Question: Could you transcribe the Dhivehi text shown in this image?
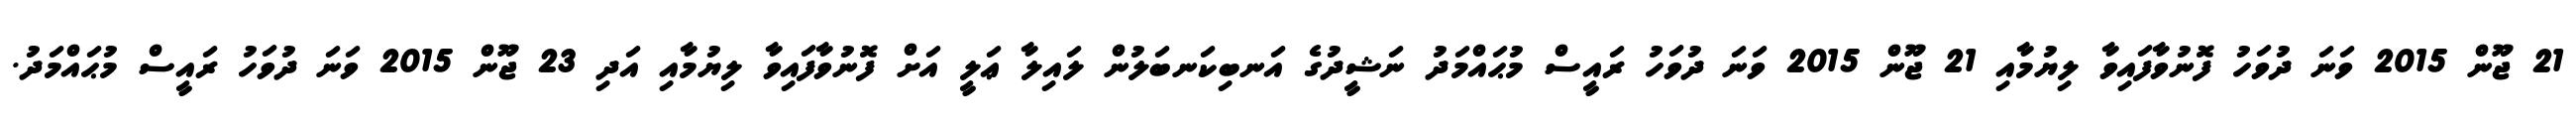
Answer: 21 ޖޫން 2015 ވަނަ ދުވަހު ފޮނުވާފައިވާ ލިޔުމާއި 21 ޖޫން 2015 ވަނަ ދުވަހު ރައީސް މުޙައްމަދު ނަޝީދުގެ އަނބިކަނބަލުން ލައިލާ ޢަލީ އަށް ފޮނުވާފައިވާ ލިޔުމާއި އަދި 23 ޖޫން 2015 ވަނަ ދުވަހު ރައީސް މުޙައްމަދު.